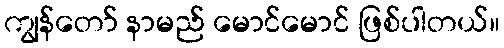
ကျွန်တော် နာမည် မောင်မောင် ဖြစ်ပါတယ်။